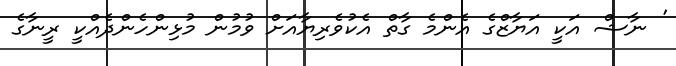
' ނާޝް އަކީ އަޔާޒްގެ އެންމެ ގާތް އެކުވެރިޔާއަށް ވުމުން މުޅިންހެންދެއްކީ ރީނާގެ